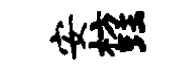
安枋珏